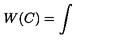
W ( C ) = \int